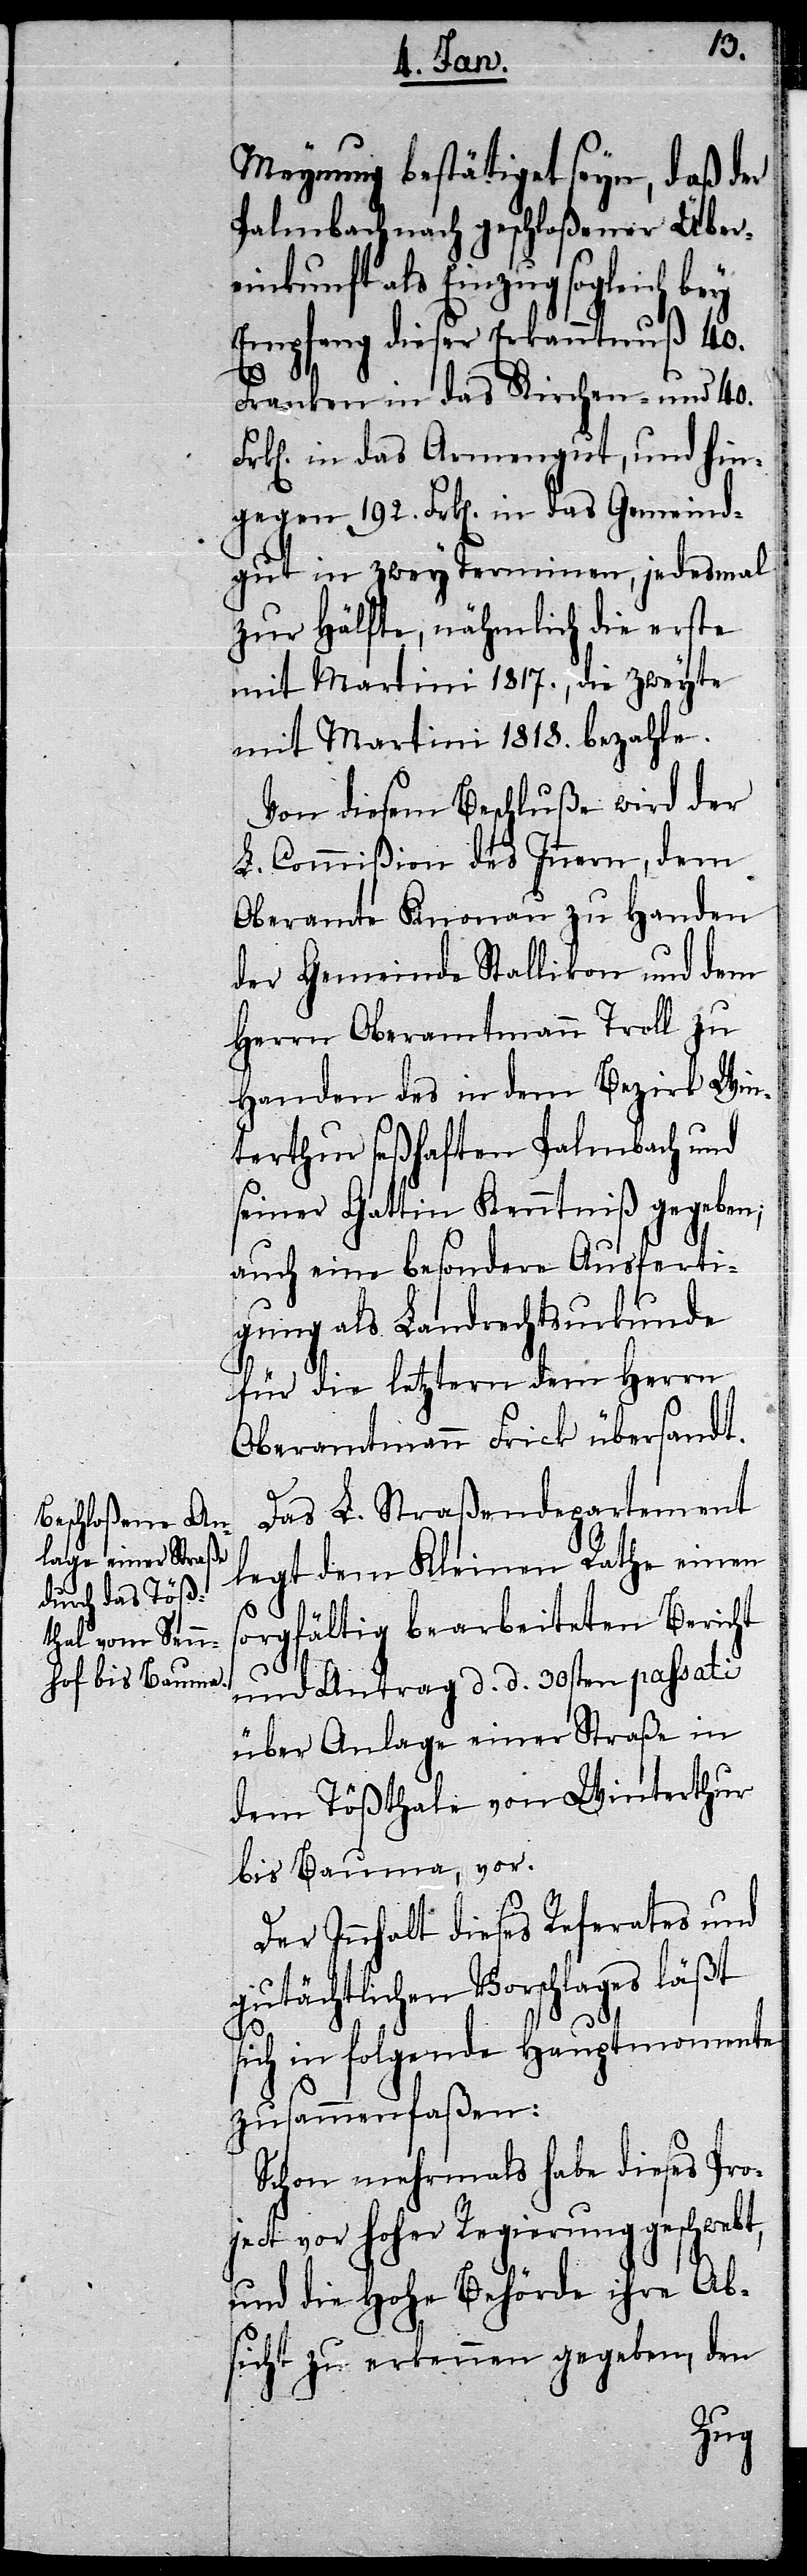
Meynung bestätigt seyn, daß der
Palmbach nach geschloßener Über¬
einkunft als Einzug sogleich
Empfang dieser Erkanntnuß 40.
Franken in das Kirchen- und 40.
k[en]. in das Armengut, und hin¬
gegen 192. Frk[en]. in das Gemeind¬
gut in zwey Terminen, jedesmal
zur Hälfte, nähmlich die erste
mit Martini 1817., die zweyte
mit Martini 1818. bezahle.
Von diesem Beschluße wird der
L. Commißion des Innern, dem
Oberamte Knonau zu Handen
der Gemeinde Stallikon und dem
Herrn Oberamtmann Troll zu
Handen des in dem Bezirk Win¬
terthur seßhaften Palmbach und
seiner Gattin Kenntniß gegeben;
auch eine besondere Ausferti¬
gung als Landrechtsurkunde
für die letztern dem Herrn
Oberamtmann Frick übersandt.
Das L. Straßendepartement
legt dem Kleinen Rathe einen
s¬
orgfältig bearbeiteten Bericht
und Antrag d. d. 30sten passati
über Anlage einer Straße in
dem Tößthale von Winterthur
bis Bauma, vor.
Der Inhalt dieses Referates und
gutächtlichen Vorschlages läßt
sich in folgende Hauptmomente
zusammenfaßen:
Schon mehrmals habe dieses Pro¬
ject vor hoher Regierung geschwebt,
und die Hohe Behörde ihre Ab¬
sicht zu erkennen gegeben, den
Fr¬